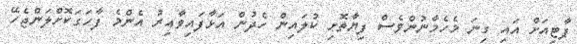
ޕާޓިއަށް އައި ގިނަ މެހެމާނުުންވެސް ފިޔާތޮށި ކުލައިން ހެދުން އަޅާފައިވާއިރު އެންމެ ފާހަގަކޮށްލަންޖެހޭ